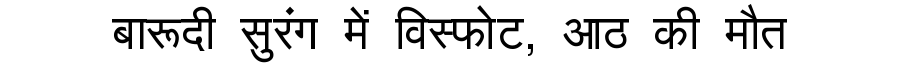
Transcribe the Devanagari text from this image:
बारूदी सुरंग में विस्फोट, आठ की मौत